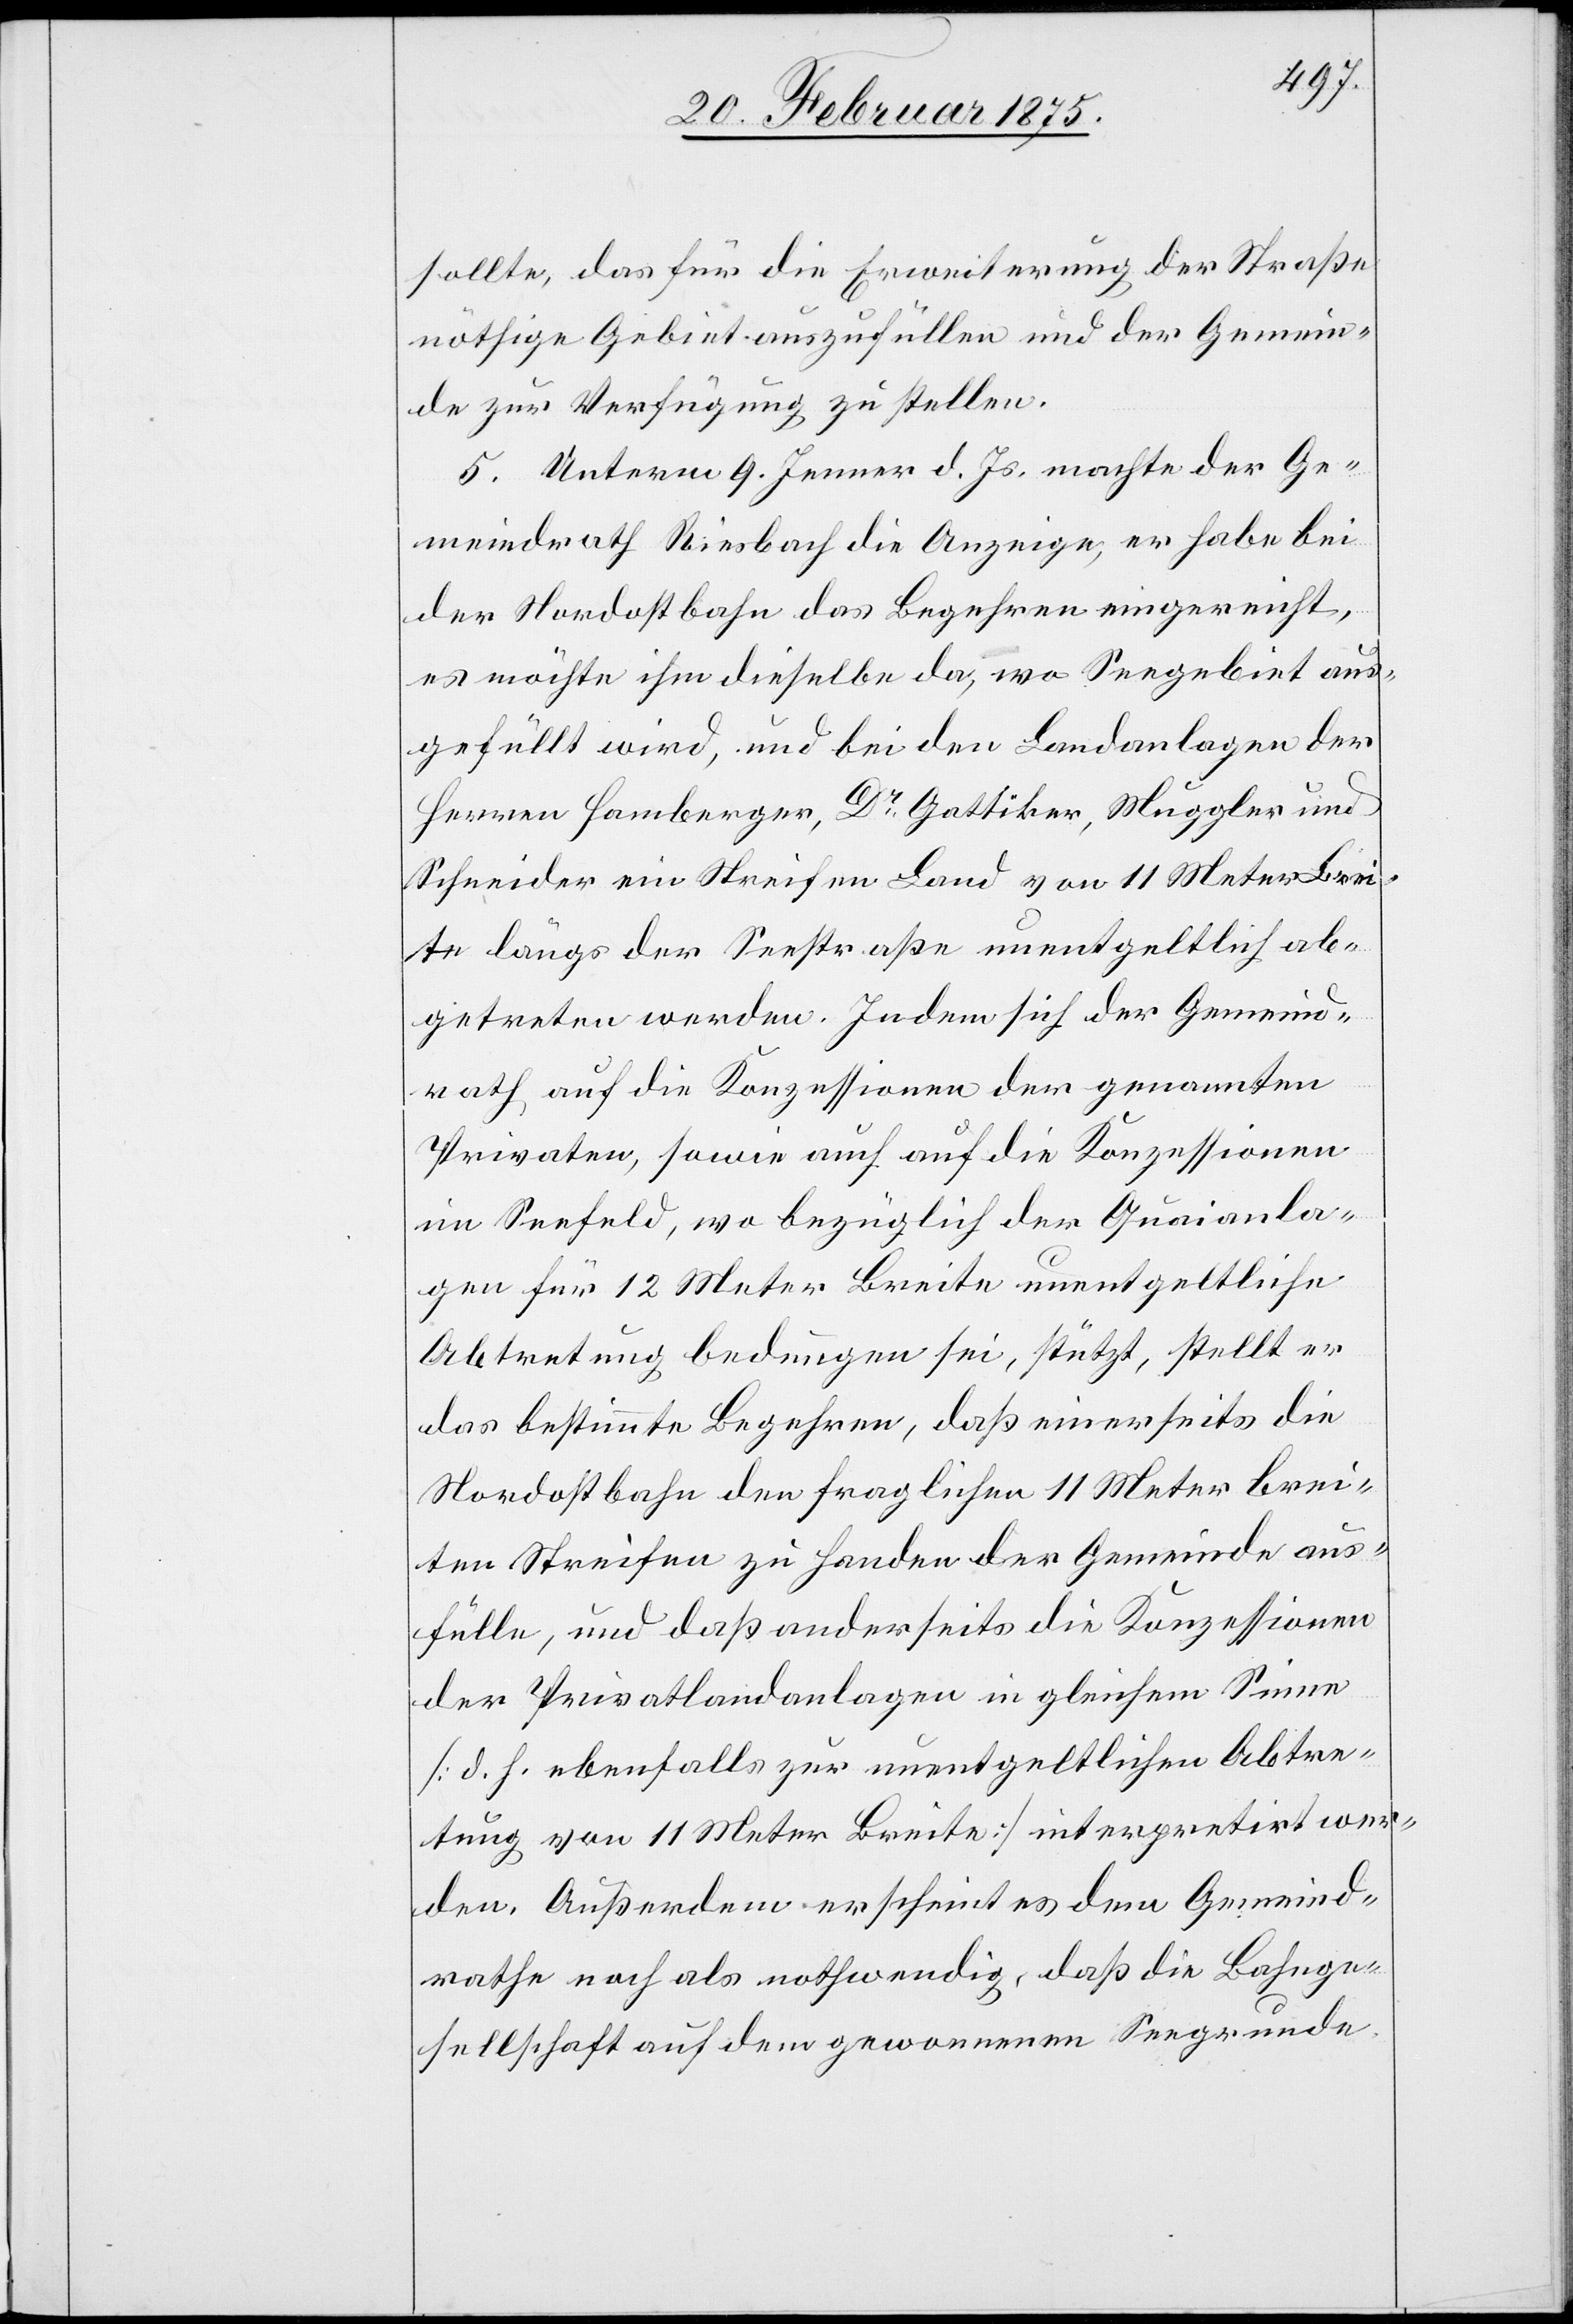
sollte, das für die Erweiterung der Straße
nöthige Gebiet auszufüllen und der Gemein¬
de zur Verfügung zu stellen.
5. Unterm 9. Jenner d. Js. machte der Ge¬
meindrath Riesbach die Anzeige, er habe bei
der Nordostbahn das Begehren eingereicht,
es möchte ihm dieselbe da, wo Seegebiet aus¬
gefüllt wird, und bei den Landanalgen der
Herren Hamberger, Dr Gattiker, Muggler und
Schneider ein Streifen Land von 11 Meter Brei¬
te längs der Seestraße unentgeltlich ab¬
getreten werden. Indem sich der Gemeind¬
rath auf die Konzessionen der genannten
Privaten, sowie auch auf die Konzessionen
im Seefeld, wo bezüglich der Quaianla¬
gen für 12 Meter Breite unentgeltliche
Abtretung bedungen sei, stützt, stellt er
das bestimmte Begehren, daß einerseits die
Nordostbahn den fraglichen 11 Meter brei¬
ten Streifen zu Handen der Gemeinde aus¬
fülle, und das anderseits die Konzessionen
der Privatlandanlagen in gleichem Sinne
[d. h. ebenfalls zur unentgeltlichen Abtre¬
tung von 11 Meter Breite] interpretirt wer¬
den. Außerdem erscheint es dem Gemeind¬
rathe noch als nothwendig, daß die Bahnge¬
sellschaft auf dem gewonnenen Seegrunde